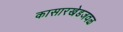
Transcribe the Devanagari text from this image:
कासारखेडजवळ